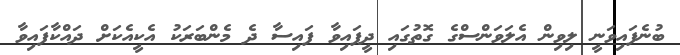
ބުނެފައިވަނީ ލިވިން އެލަވަންސްގެ ގޮތުގައި ދީފައިވާ ފައިސާ ދެ މެންބަރަކު އެކީއެކަށް ދައްކާފައިވާ